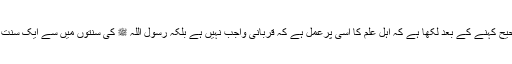
اس حدیث کو امام ترمذی نے حسن صحیح کہنے کے بعد لکھا ہے کہ اہل علم کا اسی پرعمل ہے کہ قربانی واجب نہیں ہے بلکہ رسول اللہ ﷺ کی سنتوں میں سے ایک سنت ہے اور اس پر عمل کرنا مستحب ہے۔